Civil Veterinary Department Bengal reports 1933-51 - 1933-1951
Year: 1933
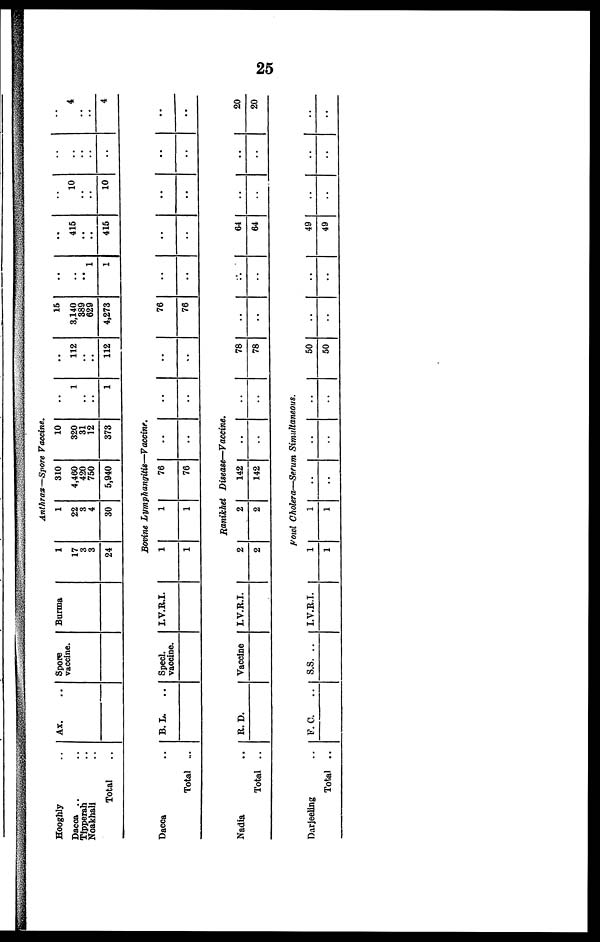
25
Hooghly ..
Dacca ..
Tipperah ..
Noakhali ..
Total ..
Dacca ..
Total ...
Nadia ..
Total ..
Darjeeling ..
Total
..
Ax. ..
B. L.
..
R. D.
F. C. ..
Spore
vaccine.
Specl.
vaccine.
Vaccine
S.S. ..
Burma
I.V.R.I.
I.V.R.I.
I.V.R.I.
Anthrax—Spore Vaccine.
1
17
3
3
24
1
22
3
4
30
310
4,460
420
750
5,940
10
320
31
12
373
..
1
..
..
1
Bovine
Lymphangitis—Vaccine.
1
1
1
1
76
76
..
..
..
..
Ranikhet
Disease—Vaccine.
2
2
2
2
142
142
..
..
..
..
Fowl Cholera—Serum Simultaneous.
1
1
1
1
..
..
..
..
..
..
..
112
..
..
112
..
..
78
78
50
50
15
3,140
389
629
4,273
76
76
..
..
..
..
..
..
1
1
..
..
..
..
..
..
..
415
..
..
415
..
..
64
64
49
49
..
10
..
..
10
..
..
..
..
..
..
..
..
..
..
..
..
..
..
..
..
..
..
4
..
..
4
..
..
20
20
..
..